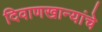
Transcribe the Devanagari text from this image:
दिवाणखान्यांचे